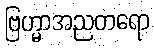
ဗြဟ္မာအညတရော